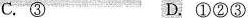
C.③ D.①②③